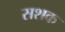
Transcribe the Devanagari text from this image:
सशक